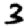
Digit: 3